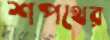
শপথের